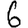
Digit: 6